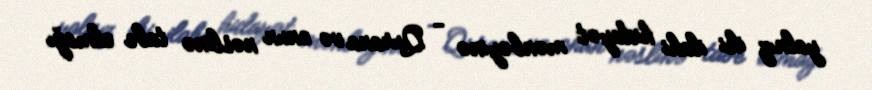
yalnız iki ilahi hidayət mənbəyinə - Qurana və onun nəslinə tabe olmağı